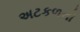
અટકળનો